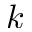
k